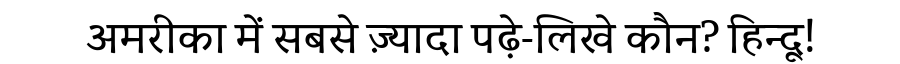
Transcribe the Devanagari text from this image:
अमरीका में सबसे ज़्यादा पढ़े-लिखे कौन? हिन्दू!